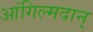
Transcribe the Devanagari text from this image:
आंगिल्मदान्